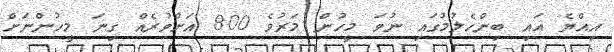
އިއްޔެ އައި ބިންހެލުމުގައި ނުވަ މީހުން މަރުވެ 800 އަށްވުރެއް ގިނަ މީހުންނަށް